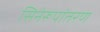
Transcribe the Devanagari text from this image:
सिनेरूपांतरण